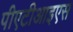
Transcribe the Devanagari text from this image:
पीएटीआइएस